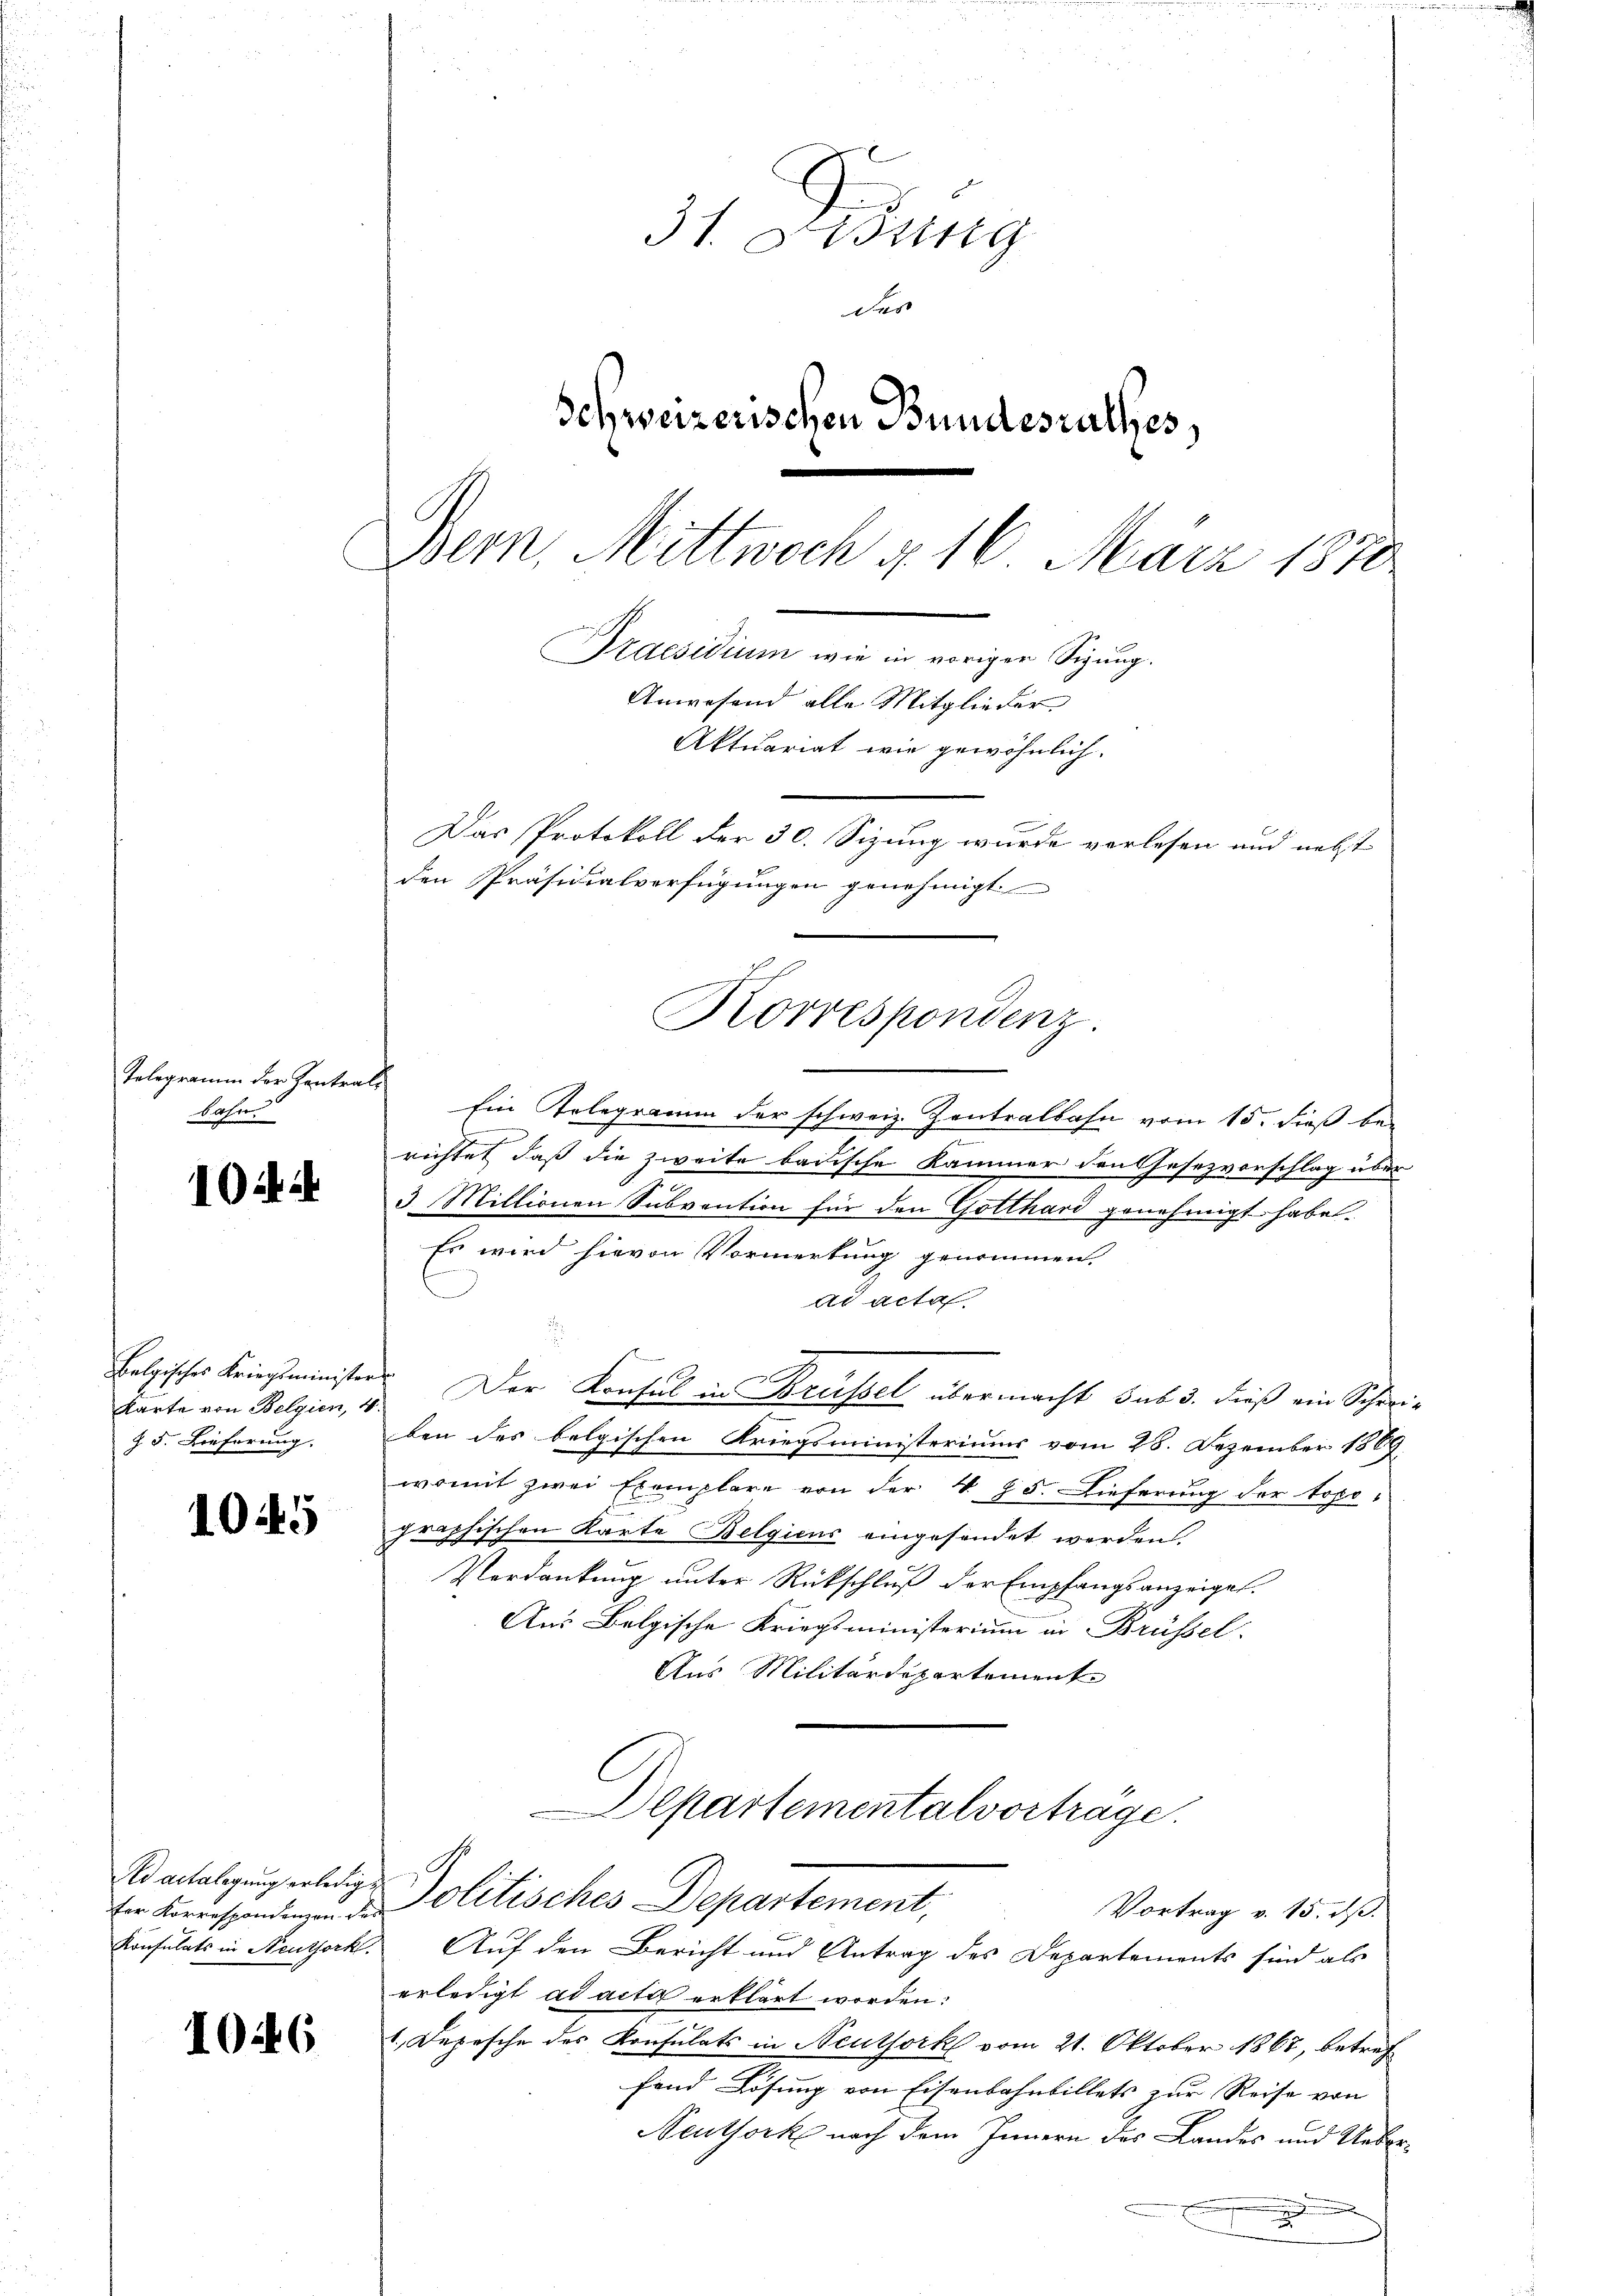
Telegramm der Zentrals
bahn

10ich

Karte von Belgien, 4.
§ 5. Lieferung.

1045

Es actalegung erledigt
ter Korrespondenzen des

1046

31. Jung
des
Schweizerischen Bundesrathes,
Bern, Mittwoch u. 16. März 1870
Praesidium wie in vorigen Sigung.
Anwesend alle Mitglieder
Aktuariat wie gewöhnlich.
Das Protokoll der 30. Sizung wurde vorlesen und nebst
den Präsidialverfügungen genehmigt

Korrespondenz.

Ein Gelegramm der schweiz. Zentralbahn vom 15. dieß be¬
7
richtet, daß die zweite badische Kammer den Gesezvorschlag über
3 Millionen Subvention für den Gotthard genehmigt habe.
Es wird hievon Vormerkung genommen.
Ad acta.
.
belgisches Kriegsminister Der Konsul in Brüssel übermacht sub 3. dieß ein Schreiben des belgischen Kriegsministeriums vom 28. Dezember 1869.
womit zwei Exemplare von der 4 § 5. Lieferung der topopraphischen Karte Belgiens eingesendet werden
Verdankung unter Rückschluß der Empfangsanzeigel.
Aus Belgische Kriegsministerium in Brüssel
Aus Militärdepartemente
Departementalvortrage.
Politisches Departement,
Vortrag v. 15. dß.
Konsulats in Neuthork. Auf den Bericht und Antrag des Departements sind als
erledigt ad acta erklärt worden:
1. Depesche des Konsulats in Neuthork vom 21. Oktober 1867, betreffond Lösung von Eisenbahnbillets zur Reise von
Seuthork nach dem Innern des Landes und Ueber¬
.